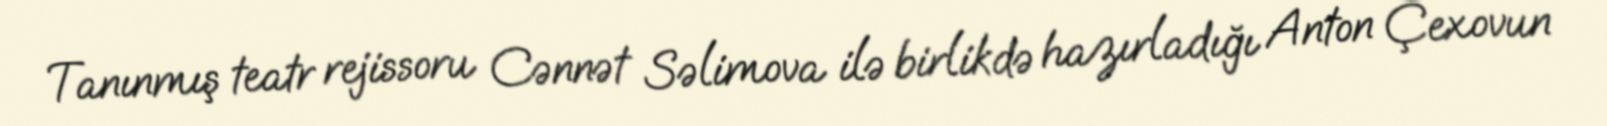
Tanınmış teatr rejissoru Cənnət Səlimova ilə birlikdə hazırladığı Anton Çexovun